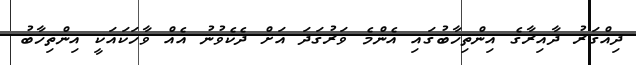
ދިއްގަރު ދާއިރާގެ އިންތިހާބުގައި އެންމެ ވަރުގަދަ އަށް ދެކެވުނު އެއް ވާހަކައަކީ އިންތިހާބު